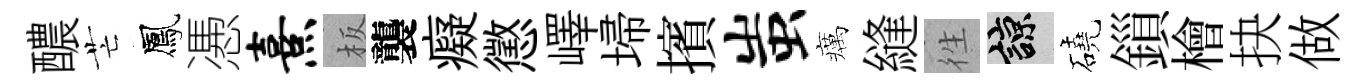
醲芒鳳慿熹板襲癡懲嶧埽擯蚩癘縫徃諒磽鎻檜抉做